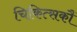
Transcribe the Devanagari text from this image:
चिकित्सकौं